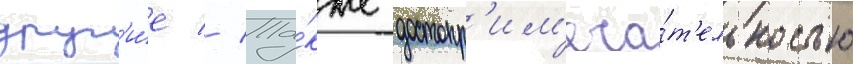
друг'и́е // Та́кже достопр'им'еча́т'ельностью